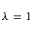
\lambda = 1